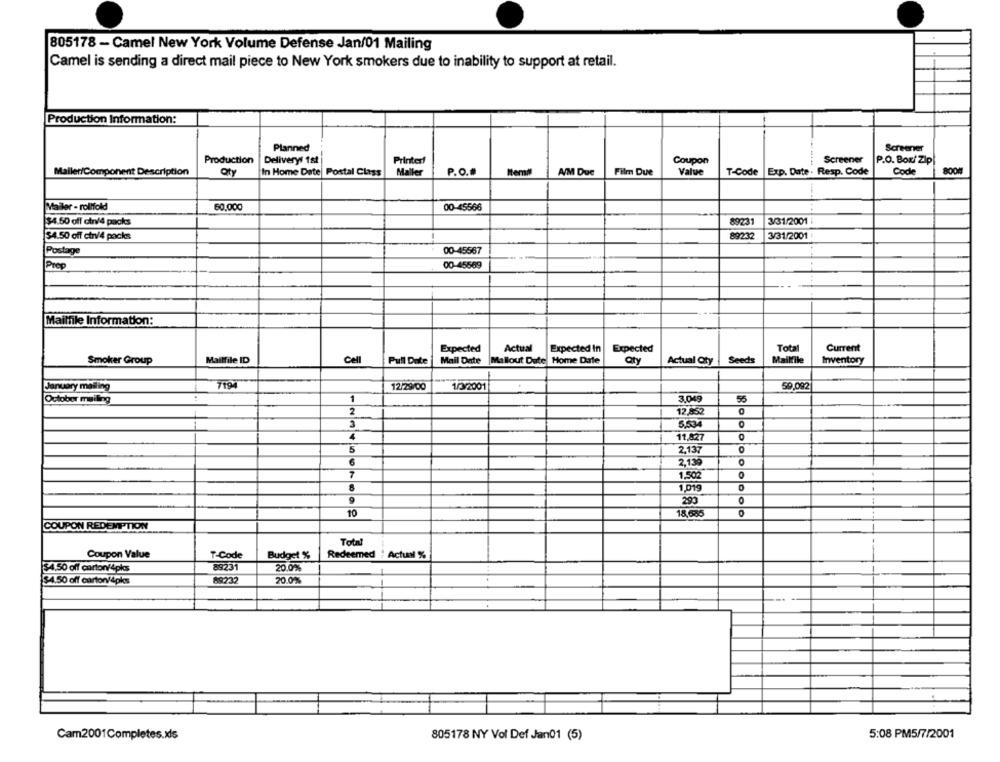
805178 - Camel New York Volume Defense Jan/01 Mailing
Camel is sending a direct mail piece to New York smokers due to inability to support at retail.
Production Information:
Planned
Screener
Production
Delivery/ 1st
Printerf
Coupon
Screener
P.O. Box/ Zip
/Component Description
aty
In Home Date Postal Class
Maller
P.O.
A/M Due
Film Due
Value
T-Code
Exp. Date . Resp. Code
Code
800M
Mailer - rollfold
60.000
00-45566
--.. 4
89231
3/31/2001
$4.50 off cin/4 packs
$4.50 off ctn/4 packs
89232
3/31/2001 :
Postage
00-45567
Prep
00-45569
Mailfile Information:
Expected
Actual
Expected In
Expected
Total
Current
Mailfile ID
Cell
Seeds
Mailfile
Smoker Group
Pull Date
Mail Date
Mallout Dute Home Date
Qty
Actual Oty
Inventory
January mailing
7194
12/29/00
1/3/2001
59,092|
October mailing
1
3.049
2
12,852
3
6,534
4
11,827
2,137
2,130
7
1,502
1,019
290
10
18,685
O
COUPON REDEMPTION
Total
Coupon Value
T-Code
Budget %
Redeemed : Actual %
$4,50 off carton4pks
89231
20.0%
$4.50 off carton/4ples
89232
20.0%
Cam2001Completes.xls
805178 NY Vol Def Jan01 (5)
5:08 PM5/7/2001